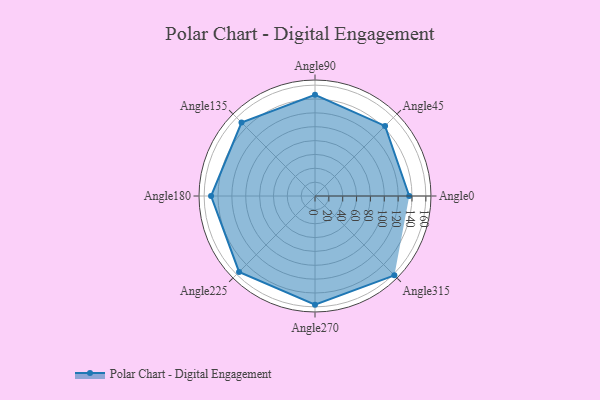
{"axis": {"x": "Angle", "y": "Radius"}, "legend": [""], "data": [{"x": "Angle0", "y": 136.0, "type": ""}, {"x": "Angle45", "y": 143.0, "type": ""}, {"x": "Angle90", "y": 146.0, "type": ""}, {"x": "Angle135", "y": 150.0, "type": ""}, {"x": "Angle180", "y": 150.0, "type": ""}, {"x": "Angle225", "y": 155.0, "type": ""}, {"x": "Angle270", "y": 157.0, "type": ""}, {"x": "Angle315", "y": 162.0, "type": ""}]}